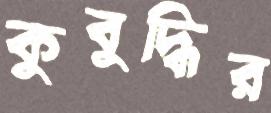
কুবুদ্ধির